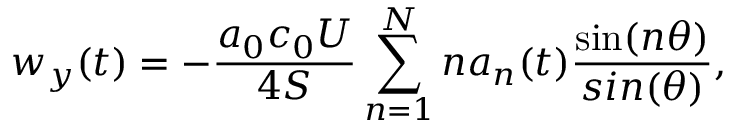
w _ { y } ( t ) = - \frac { a _ { 0 } c _ { 0 } U } { 4 S } \sum _ { n = 1 } ^ { N } n a _ { n } ( t ) \frac { \sin ( n \theta ) } { s i n ( \theta ) } ,